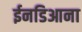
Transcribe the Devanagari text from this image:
ईनडिआना